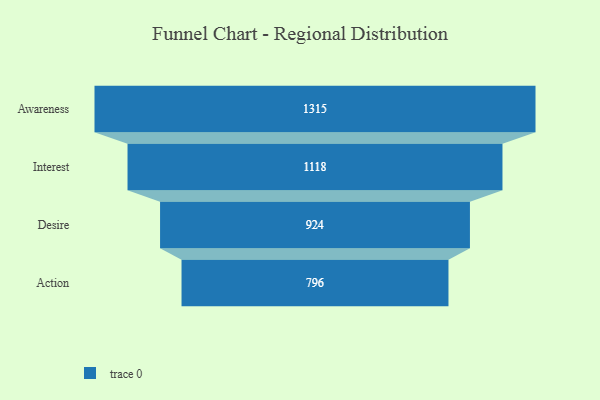
{"axis": {"x": "Stage", "y": "Value"}, "legend": [""], "data": [{"x": "Awareness", "y": 1315.0, "type": ""}, {"x": "Interest", "y": 1118.0, "type": ""}, {"x": "Desire", "y": 924.0, "type": ""}, {"x": "Action", "y": 796.0, "type": ""}]}